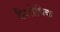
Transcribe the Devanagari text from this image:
वैशोषिक